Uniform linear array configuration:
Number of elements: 12
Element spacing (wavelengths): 1
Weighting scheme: binomial
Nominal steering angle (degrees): -15
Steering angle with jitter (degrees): -13.763
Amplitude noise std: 0.05
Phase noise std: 0.05

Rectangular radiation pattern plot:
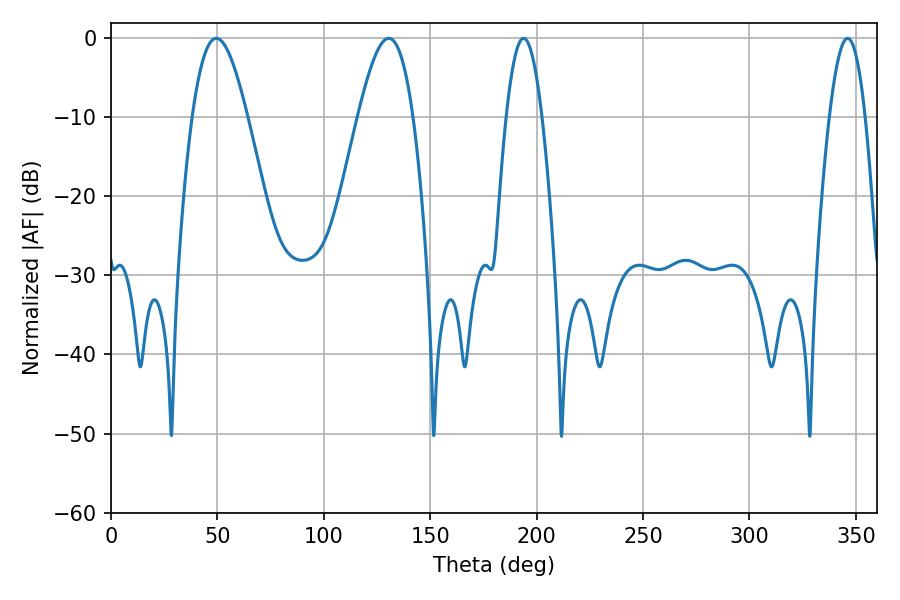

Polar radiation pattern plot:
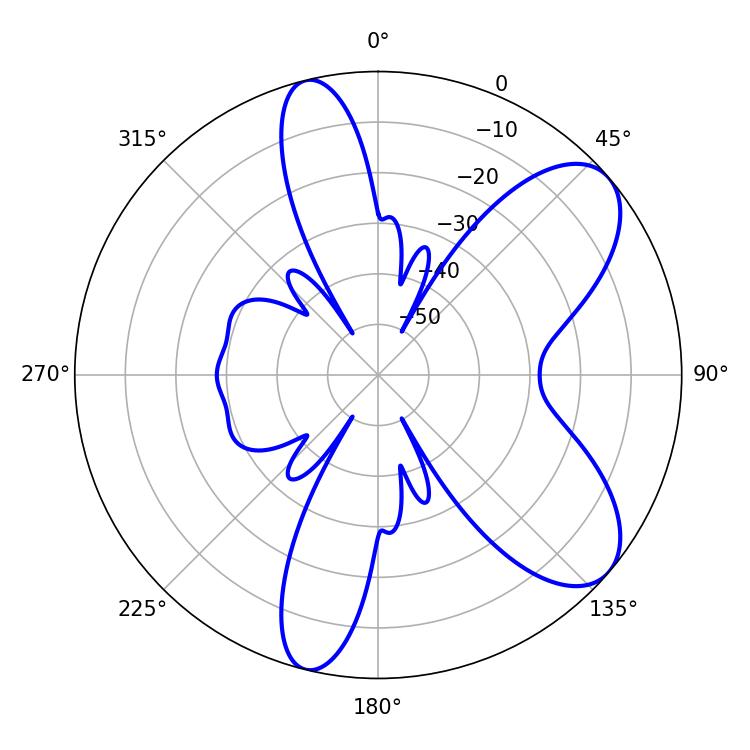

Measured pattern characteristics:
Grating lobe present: TRUE
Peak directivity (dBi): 7.902
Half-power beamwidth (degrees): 13.86
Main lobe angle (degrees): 49.5